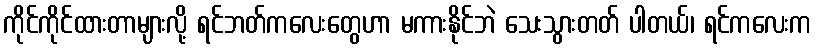
ကိုင်ကိုင်ထားတာများလို့ ရင်ဘတ်ကလေးတွေဟာ မကားနိုင်ဘဲ သေးသွားတတ် ပါတယ်၊ ရင်ကလေးက